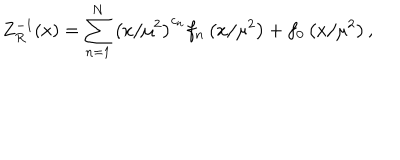
LaTeX: Z _ { R } ^ { - 1 } ( x ) = \sum _ { n = 1 } ^ { N } \left( x / \mu ^ { 2 } \right) ^ { c _ { n } } f _ { n } \left( x / \mu ^ { 2 } \right) + f _ { 0 } \left( x / \mu ^ { 2 } \right) ,